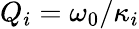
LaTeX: Q_{i}=\omega_{0}/\kappa_{i}